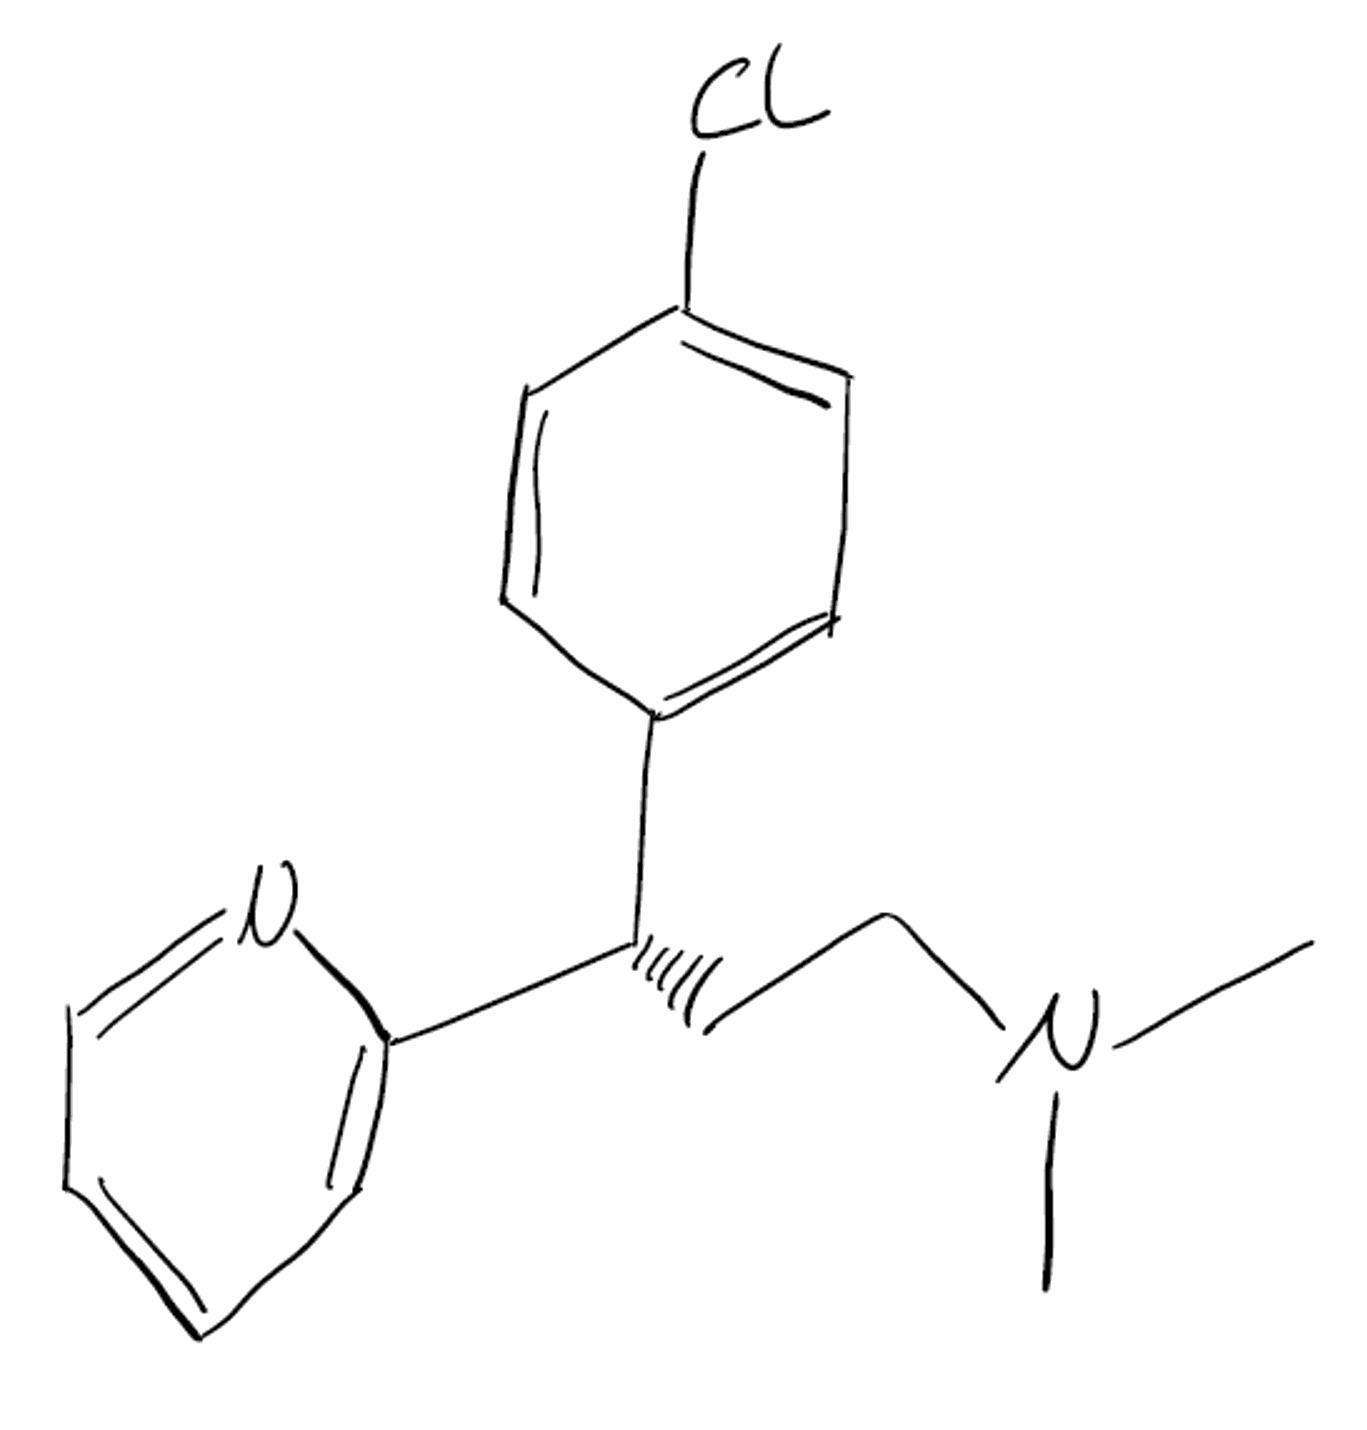
Simplified molecular-input line-entry system (SMILES) notation of the given molecule:
CN(C)CC[C@@H](C1=CC=C(C=C1)Cl)C2=CC=CC=N2